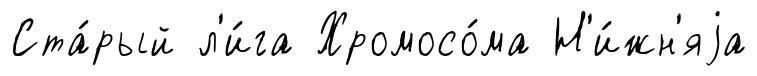
Ста́рый л'и́га Хромосо́ма Н'и́жн'яjа